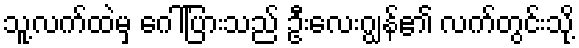
သူ့လက်ထဲမှ ဂေါ်ပြားသည် ဦးလေးဂျွန်၏ လက်တွင်းသို့